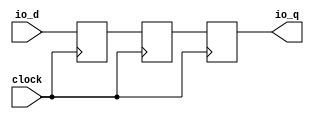
module SynchronizerShiftReg_w1_d3( // @[:freechips.rocketchip.system.TinyConfig.fir@115270.2]
  input   clock, // @[:freechips.rocketchip.system.TinyConfig.fir@115271.4]
  input   io_d, // @[:freechips.rocketchip.system.TinyConfig.fir@115273.4]
  output  io_q // @[:freechips.rocketchip.system.TinyConfig.fir@115273.4]
);
  reg  sync_0; // @[ShiftReg.scala 114:16:freechips.rocketchip.system.TinyConfig.fir@115278.4]
  reg [31:0] _RAND_0;
  reg  sync_1; // @[ShiftReg.scala 114:16:freechips.rocketchip.system.TinyConfig.fir@115279.4]
  reg [31:0] _RAND_1;
  reg  sync_2; // @[ShiftReg.scala 114:16:freechips.rocketchip.system.TinyConfig.fir@115280.4]
  reg [31:0] _RAND_2;
  assign io_q = sync_0; // @[ShiftReg.scala 123:8:freechips.rocketchip.system.TinyConfig.fir@115284.4]
`ifdef RANDOMIZE_GARBAGE_ASSIGN
`define RANDOMIZE
`endif
`ifdef RANDOMIZE_INVALID_ASSIGN
`define RANDOMIZE
`endif
`ifdef RANDOMIZE_REG_INIT
`define RANDOMIZE
`endif
`ifdef RANDOMIZE_MEM_INIT
`define RANDOMIZE
`endif
`ifndef RANDOM
`define RANDOM $random
`endif
`ifdef RANDOMIZE_MEM_INIT
  integer initvar;
`endif
initial begin
  `ifdef RANDOMIZE
    `ifdef INIT_RANDOM
      `INIT_RANDOM
    `endif
    `ifndef VERILATOR
      `ifdef RANDOMIZE_DELAY
        #`RANDOMIZE_DELAY begin end
      `else
        #0.002 begin end
      `endif
    `endif
  `ifdef RANDOMIZE_REG_INIT
  _RAND_0 = {1{`RANDOM}};
  sync_0 = _RAND_0[0:0];
  `endif // RANDOMIZE_REG_INIT
  `ifdef RANDOMIZE_REG_INIT
  _RAND_1 = {1{`RANDOM}};
  sync_1 = _RAND_1[0:0];
  `endif // RANDOMIZE_REG_INIT
  `ifdef RANDOMIZE_REG_INIT
  _RAND_2 = {1{`RANDOM}};
  sync_2 = _RAND_2[0:0];
  `endif // RANDOMIZE_REG_INIT
  `endif // RANDOMIZE
end
  always @(posedge clock) begin
    sync_0 <= sync_1;
    sync_1 <= sync_2;
    sync_2 <= io_d;
  end
endmodule